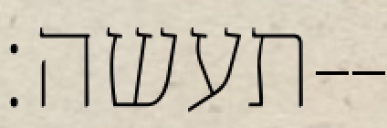
תעשה׃--